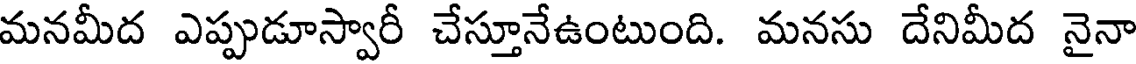
మనమీద ఎప్పుడూస్వారీ చేస్తూనేఉంటుంది. మనసు దేనిమీద నైనా